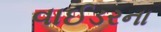
વાઈડરના